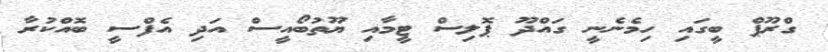
ގްރޫޕް ބީގައި ހިމެނެނީ ގައްދޫ ޕޮލިސް ޓީމާއި ޔޫތުބޯއީސް އަދި އެފްސީ ބޮއްކުރާ